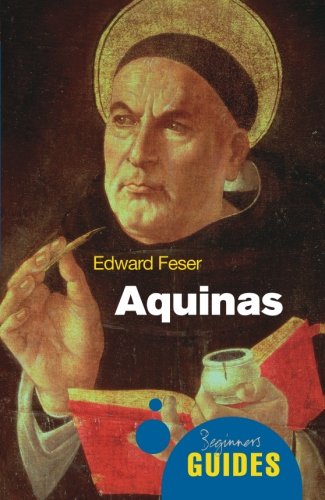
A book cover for Aquinas (A Beginner's Guide); Edward Feser; Biographies & Memoirs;